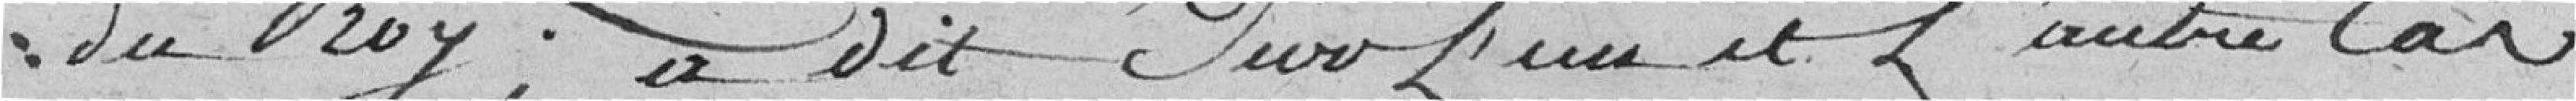
du Roy; a dit sur l'un et l'autre cas